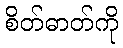
စိတ်ဓာတ်ကို